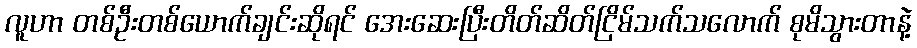
လူဟာ တစ်ဦးတစ်ယောက်ချင်းဆိုရင် အေးဆေးပြီးတိတ်ဆိတ်ငြိမ်သက်သလောက် စုမိသွားတာနဲ့